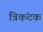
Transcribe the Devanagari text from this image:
त्रिकंटक